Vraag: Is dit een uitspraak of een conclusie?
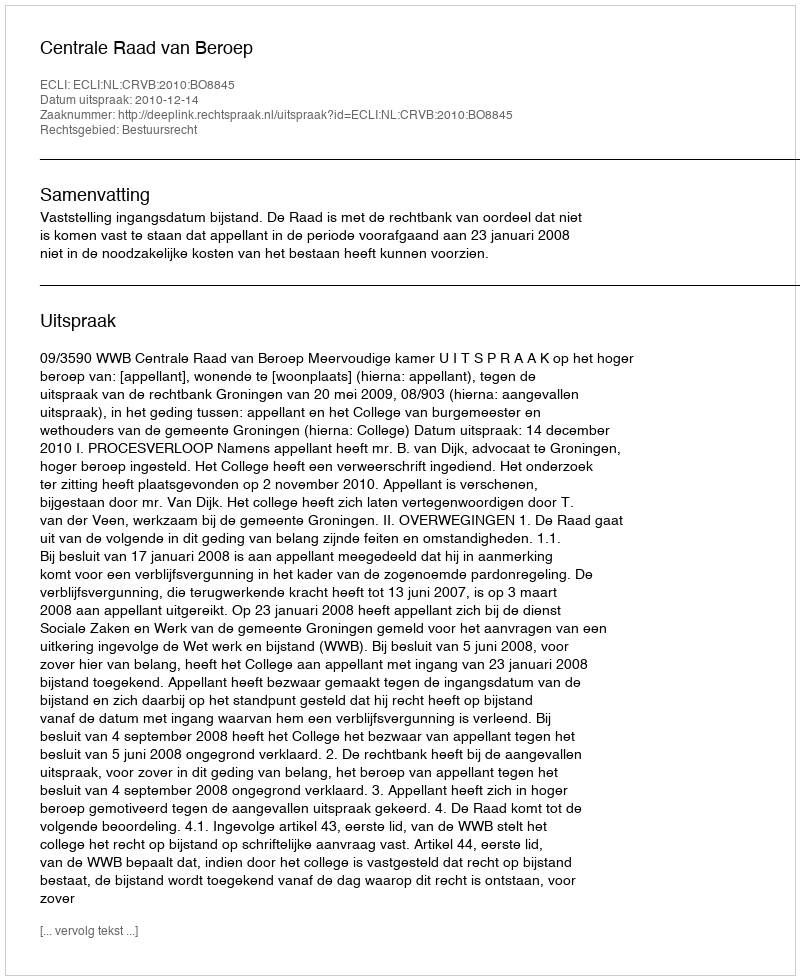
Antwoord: Uitspraak